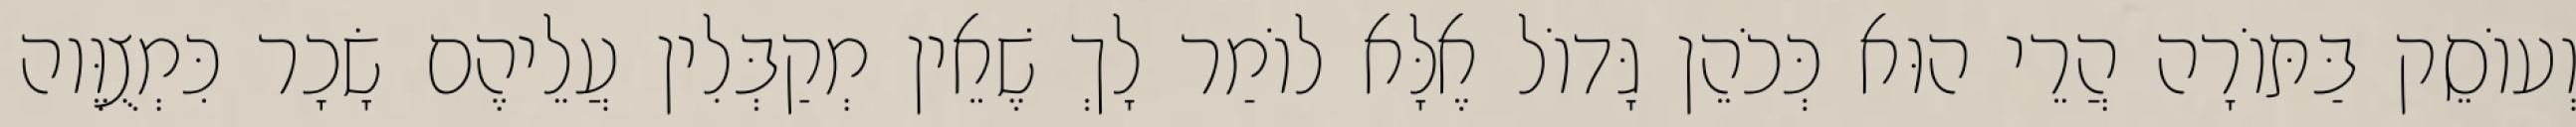
וְעוֹסֵק בַּתּוֹרָה הֲרֵי הוּא כְּכֹהֵן גָּדוֹל אֶלָּא לוֹמַר לָךְ שֶׁאֵין מְקַבְּלִין עֲלֵיהֶם שָׂכָר כִּמְצֻוֶּוה